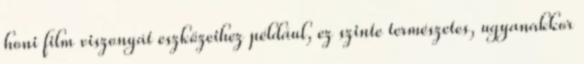
honi film viszonyát eszközeihez például, ez szinte természetes, ugyanakkor